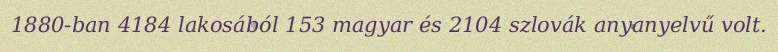
1880-ban 4184 lakosából 153 magyar és 2104 szlovák anyanyelvű volt.